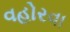
વહોરવા